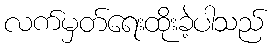
လက်မှတ်ရေးထိုးခဲ့ပါသည်